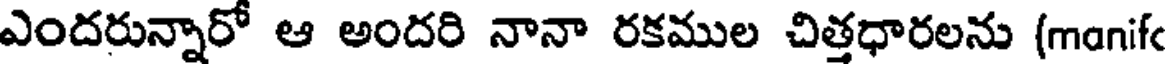
ఎందరున్నారో ఆ అందరి నానా రకముల చిత్తధారలను (manif